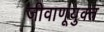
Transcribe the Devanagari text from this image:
जीवाणूयुक्त